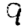
Digit: 9